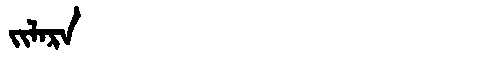
Manchu: ᠵᡳᠯᠠᡵᠠ
Romanization: JILARA